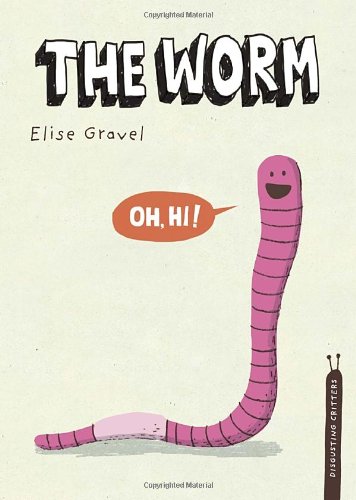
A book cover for The Worm: The Disgusting Critters Series (Disgusting Creatures); Elise Gravel; Children's Books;